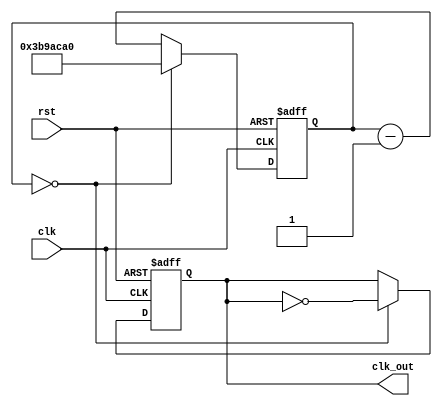
`timescale 1ns / 1ps
//////////////////////////////////////////////////////////////////////////////////
// Company: 
// 
// Design Name: 
// Module Name: clk_div
// Project Name: 
// Target Devices: 
// Tool Versions: 
// Description: clock divider module. Counter counts down from scale factor. Default frequency is 1Hz.
// 
// Dependencies: 
// 
// Revision:
// Revision 0.01 - File Created
// Additional Comments:
// 
//////////////////////////////////////////////////////////////////////////////////




module clk_div(
    input clk, // clock signal in
    input rst, // reset signal
    output reg clk_out // clock signal out (divided clock)
    );
    
    // parameters
    parameter fout = 1; // desired frequency out
    parameter scale = (125_000_000)/fout; // scale factor needed to divide clock (fin is 125Mhz for Zybo board)
    parameter k_bit = $clog2(scale);
    
    // internal counter
    reg [k_bit-1:0] count = scale / 2; // used to count down to calculated scale factor
    
    always @(posedge clk, negedge rst)
        if (!rst) // reset == 0, reset pressed
        begin
        count <= scale / 2;
        clk_out <= 1'b0;
        end
    
        else 
        begin
            if (!count) // if counter is done, count = 0
            begin
            clk_out <= ~clk_out; // toggle clock out
            count <= scale / 2; // reset counter
            end
            
            else // counter is not done, keep counting
            begin
            count <= count - 1'b1; // keep counting down
            end
     end
      
endmodule